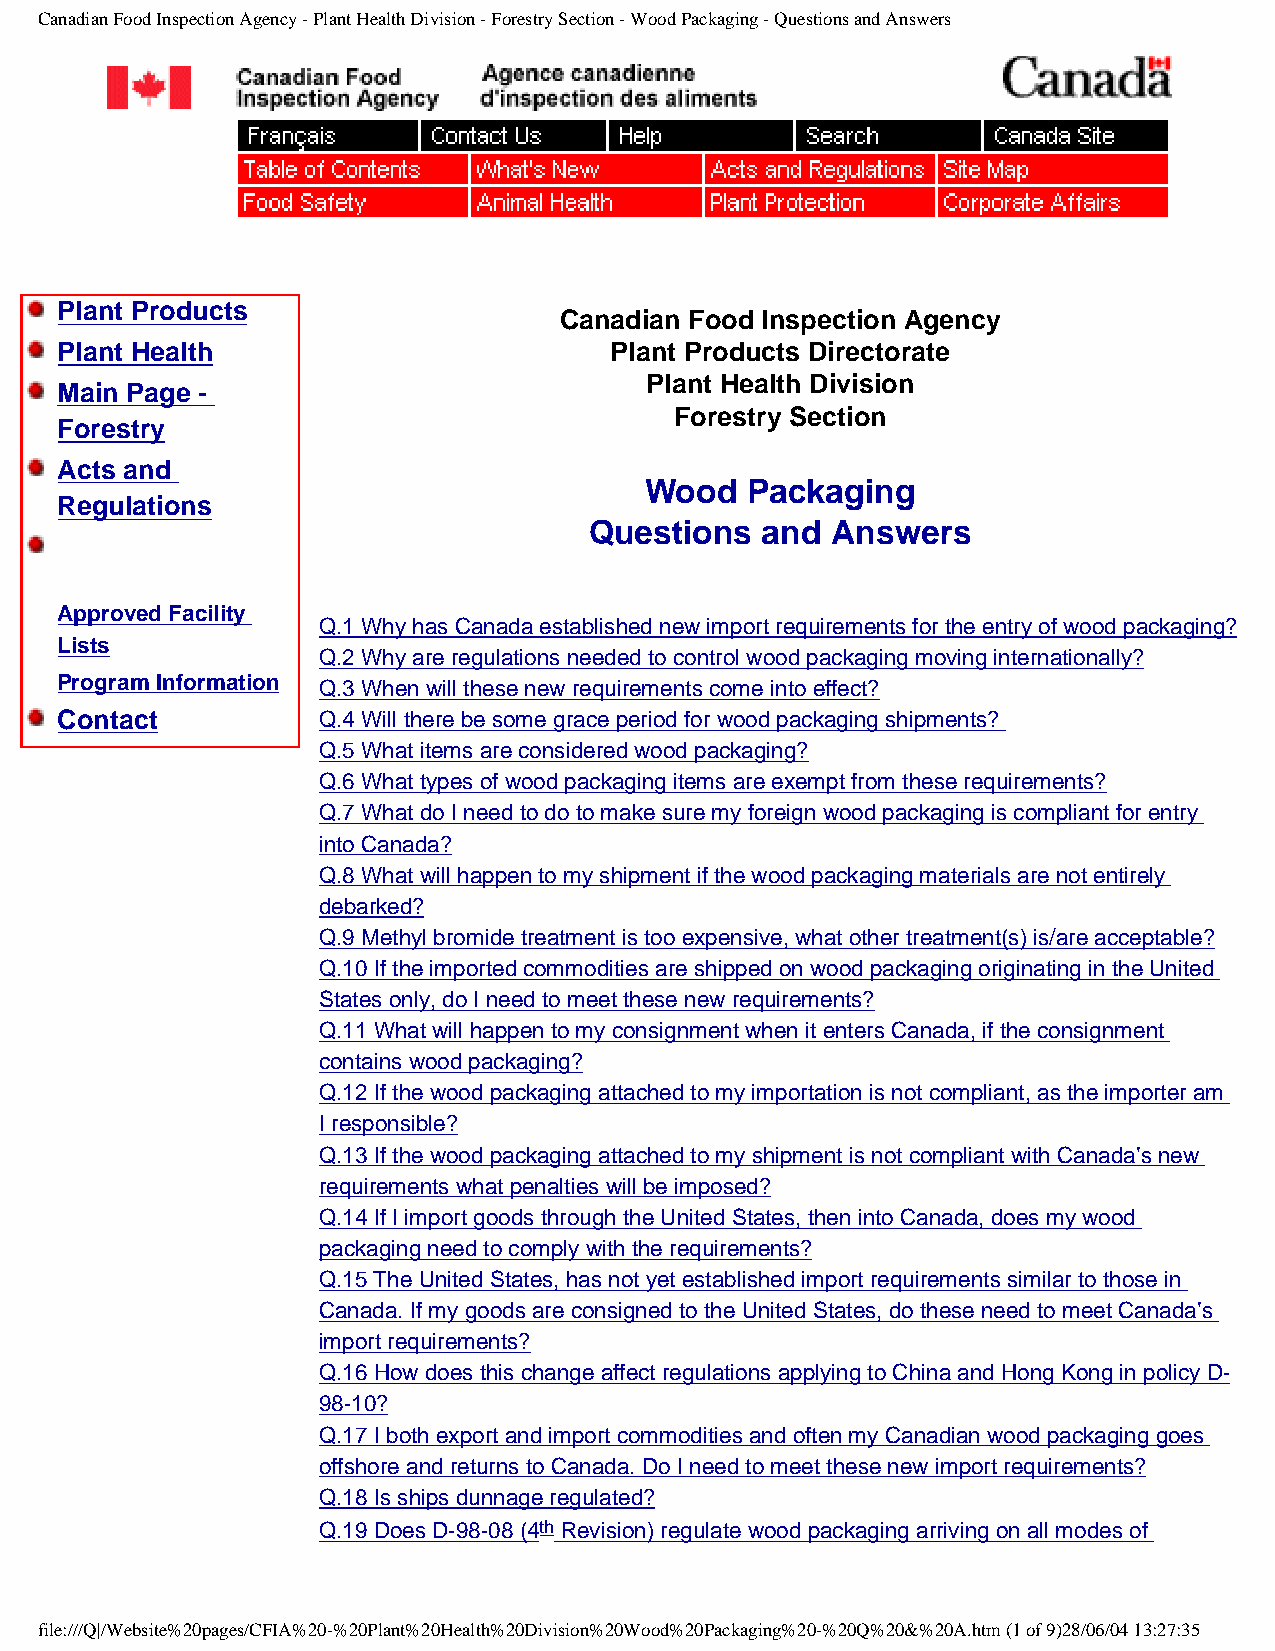
Canadian Food Inspection Agency - Plant Health Division - Forestry Section - Wood Packaging - Questions and Answers
 Plant Products
 Canadian Food Inspection Agency
 Plant Health                        Plant Products Directorate
 Main Page -
 Plant Health Division
 Forestry Section
 Forestry
 Acts and
 Wood  Packaging
 Regulations
 Questions  and  Answers
 Reference
 Material
 -Approved Facility
 Q.1 Why has Canada established new import requirements for the entry of wood packaging?
 Lists
 Q.2 Why are regulations needed to control wood packaging moving internationally?
 -Program Information
 Q.3 When will these new requirements come into effect?
 Contact          Q.4 Will there be some grace period for wood packaging shipments?
 Q.5 What items are considered wood packaging?
 Q.6 What types of wood packaging items are exempt from these requirements?
 Q.7 What do I need to do to make sure my foreign wood packaging is compliant for entry
 into Canada?
 Q.8 What will happen to my shipment if the wood packaging materials are not entirely
 debarked?
 Q.9 Methyl bromide treatment is too expensive, what other treatment(s) is/are acceptable?
 Q.10 If the imported commodities are shipped on wood packaging originating in the United
 States only, do I need to meet these new requirements?
 Q.11 What will happen to my consignment when it enters Canada, if the consignment
 contains wood packaging?
 Q.12 If the wood packaging attached to my importation is not compliant, as the importer am
 I responsible?
 Q.13 If the wood packaging attached to my shipment is not compliant with Canada’s new
 requirements what penalties will be imposed?
 Q.14 If I import goods through the United States, then into Canada, does my wood
 packaging need to comply with the requirements?
 Q.15 The United States, has not yet established import requirements similar to those in
 Canada. If my goods are consigned to the United States, do these need to meet Canada’s
 import requirements?
 Q.16 How does this change affect regulations applying to China and Hong Kong in policy D-
 98-10?
 Q.17 I both export and import commodities and often my Canadian wood packaging goes
 offshore and returns to Canada. Do I need to meet these new import requirements?
 Q.18 Is ships dunnage regulated?
 Q.19 Does D-98-08 (4th Revision) regulate wood packaging arriving on all modes of
 file:///Q|/Website%20pages/CFIA%20-%20Plant%20Health%20Division%20Wood%20Packaging%20-%20Q%20&%20A.htm (1 of 9)28/06/04 13:27:35